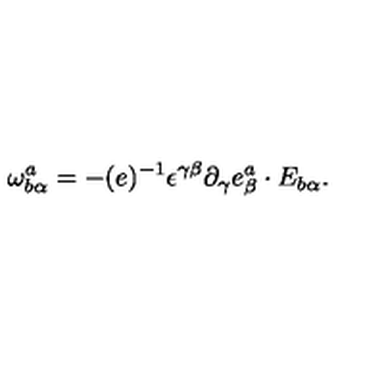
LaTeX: \omega _ { b \alpha } ^ { a } = - ( e ) ^ { - 1 } \epsilon ^ { \gamma \beta } \partial _ { \gamma } e _ { \beta } ^ { a } \cdot E _ { b \alpha } .